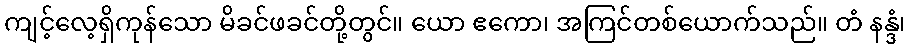
ကျင့်လေ့ရှိကုန်သော မိခင်ဖခင်တို့တွင်။ ယော ဧကော၊ အကြင်တစ်ယောက်သည်။ တံ နန္ဒံ၊